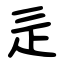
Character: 辵